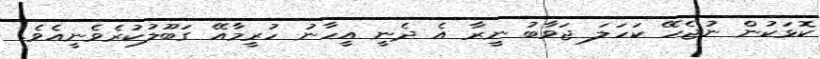
ކޮޅަކުން ނުޖެހޭ ކަހަލަ ޖަވާބު ނީރާ އެ ދެނީ އީހާނު ހުރީމާއޭ ގަބޫލުކުރެވެނީއެވެ.